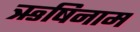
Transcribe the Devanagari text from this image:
ऋषिनाम